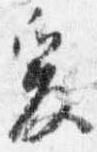
爰